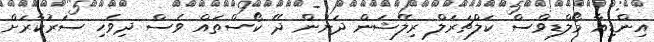
އިންޑިއާ މޯލްޑިވްސް ކަލްޗަރަލް ރިލޭޝަން ދަށުން ދޭ ކޯސްތައް ވެސް ދިވެހި ސަރުކާރަށް